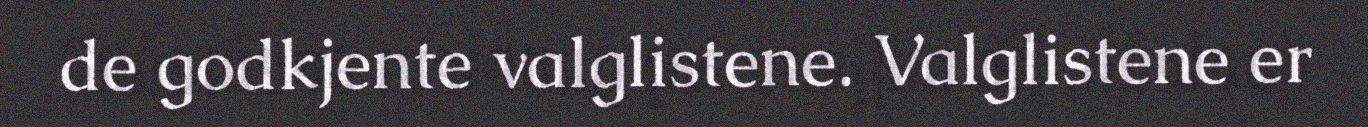
de godkjente valglistene. Valglistene er